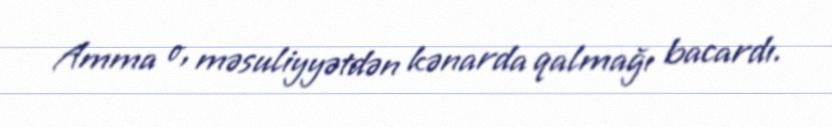
Amma o, məsuliyyətdən kənarda qalmağı bacardı.